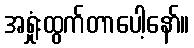
အရှုံးထွက်တာပေါ့နော်။